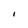
Character: I